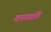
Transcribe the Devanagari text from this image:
वनस्वति